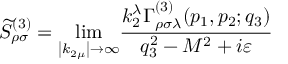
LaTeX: \widetilde { S } _ { \rho \sigma } ^ { ( 3 ) } = { \operatorname * { l i m } _ { \left| k _ { 2 \mu } \right| \rightarrow \infty } } \frac { k _ { 2 } ^ { \lambda } \Gamma _ { \rho \sigma \lambda } ^ { ( 3 ) } ( p _ { 1 } , p _ { 2 } ; q _ { 3 } ) } { q _ { 3 } ^ { 2 } - M ^ { 2 } + i \varepsilon }